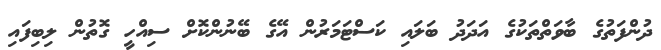
ދުންފަތުގެ ބާވަތްތަކުގެ އަދަދު ބަލައި ކަސްޓަމަރުން އޭގެ ބޭނުންކޮށް ސިއްހީ ގޮތުން ލިބިފައި